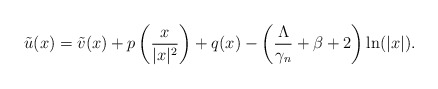
\begin{align*}\tilde{u}(x)=\tilde{v}(x)+p\left(\frac{x}{|x|^2}\right)+q(x)-\left(\frac{\Lambda}{\gamma_n}+\beta+2\right)\ln(|x|).\end{align*}